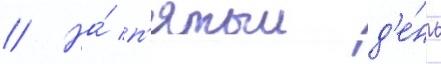
// На́ п'ятыи д'е́нь